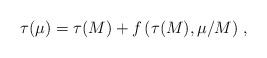
LaTeX: \begin{align*}\tau(\mu) = \tau(M) + f\left(\tau(M), \mu/M\right) \, ,\end{align*}